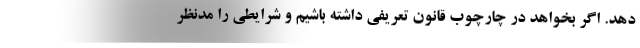
دهد. اگر بخواهد در چارچوب قانون تعریفی داشته باشیم و شرایطی را مدنظر